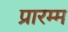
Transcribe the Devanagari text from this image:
प्रारम्म